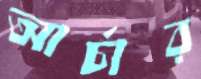
আর্চার